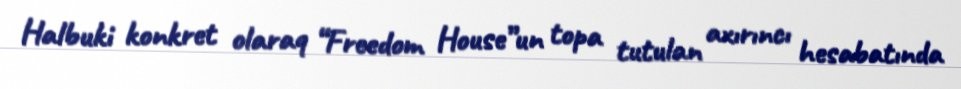
Halbuki konkret olaraq “Freedom House”un topa tutulan axırıncı hesabatında